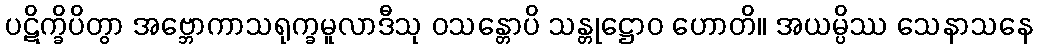
ပဋိက္ခိပိတွာ အဗ္ဘောကာသရုက္ခမူလာဒီသု ဝသန္တောပိ သန္တုဋ္ဌောဝ ဟောတိ။ အယမ္ပိဿ သေနာသနေ